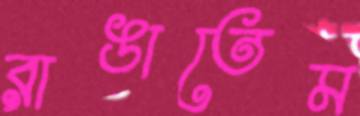
রাঙাতেম